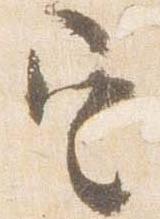
定